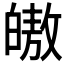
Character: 𭽠